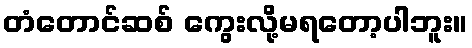
တံတောင်ဆစ် ကွေးလို့မရတော့ပါဘူး။